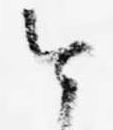
今